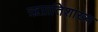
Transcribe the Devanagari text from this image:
ऋप्रातिशाख्य